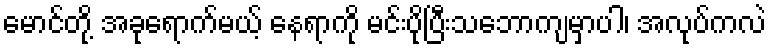
မောင်တို့ အခုရောက်မယ့် နေရာကို မင်းပိုပြီးသဘောကျမှာပါ၊ အလုပ်ကလဲ